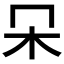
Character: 𣎻